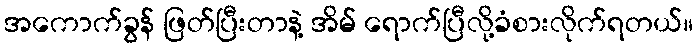
အကောက်ခွန် ဖြတ်ပြီးတာနဲ့ အိမ် ရောက်ပြီလို့ခံစားလိုက်ရတယ်။